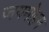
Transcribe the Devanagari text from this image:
जयमोहन